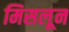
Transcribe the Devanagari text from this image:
मिसलून